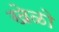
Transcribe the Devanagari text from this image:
खेळो